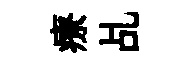
療乩